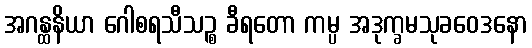
အဂန္ထနိယာ ဂေါစရသီသဉ္စ ခီရတော ကမ္ပ အဒုက္ခမသုခဝေဒနော